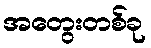
အတွေးတစ်ခု